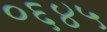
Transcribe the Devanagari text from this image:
०६४५